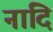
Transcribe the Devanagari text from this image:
नादि